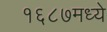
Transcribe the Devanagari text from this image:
१६८७मध्ये